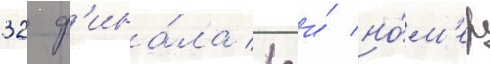
32 ф'ина́ла 1-и́ но́м'ер